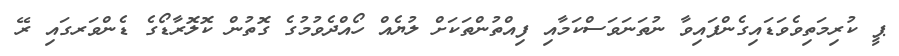
ޕީ ކުރިމަތިވެވަޑައިގެންފައިވާ ނުތަނަވަސްކަމާއި ފިއްތުންތަކަށް ލުޔެއް ހޯއްދެވުމުގެ ގޮތުން ކޮލޮރާޑޯގެ ޑެންވަރގައި ރޭ